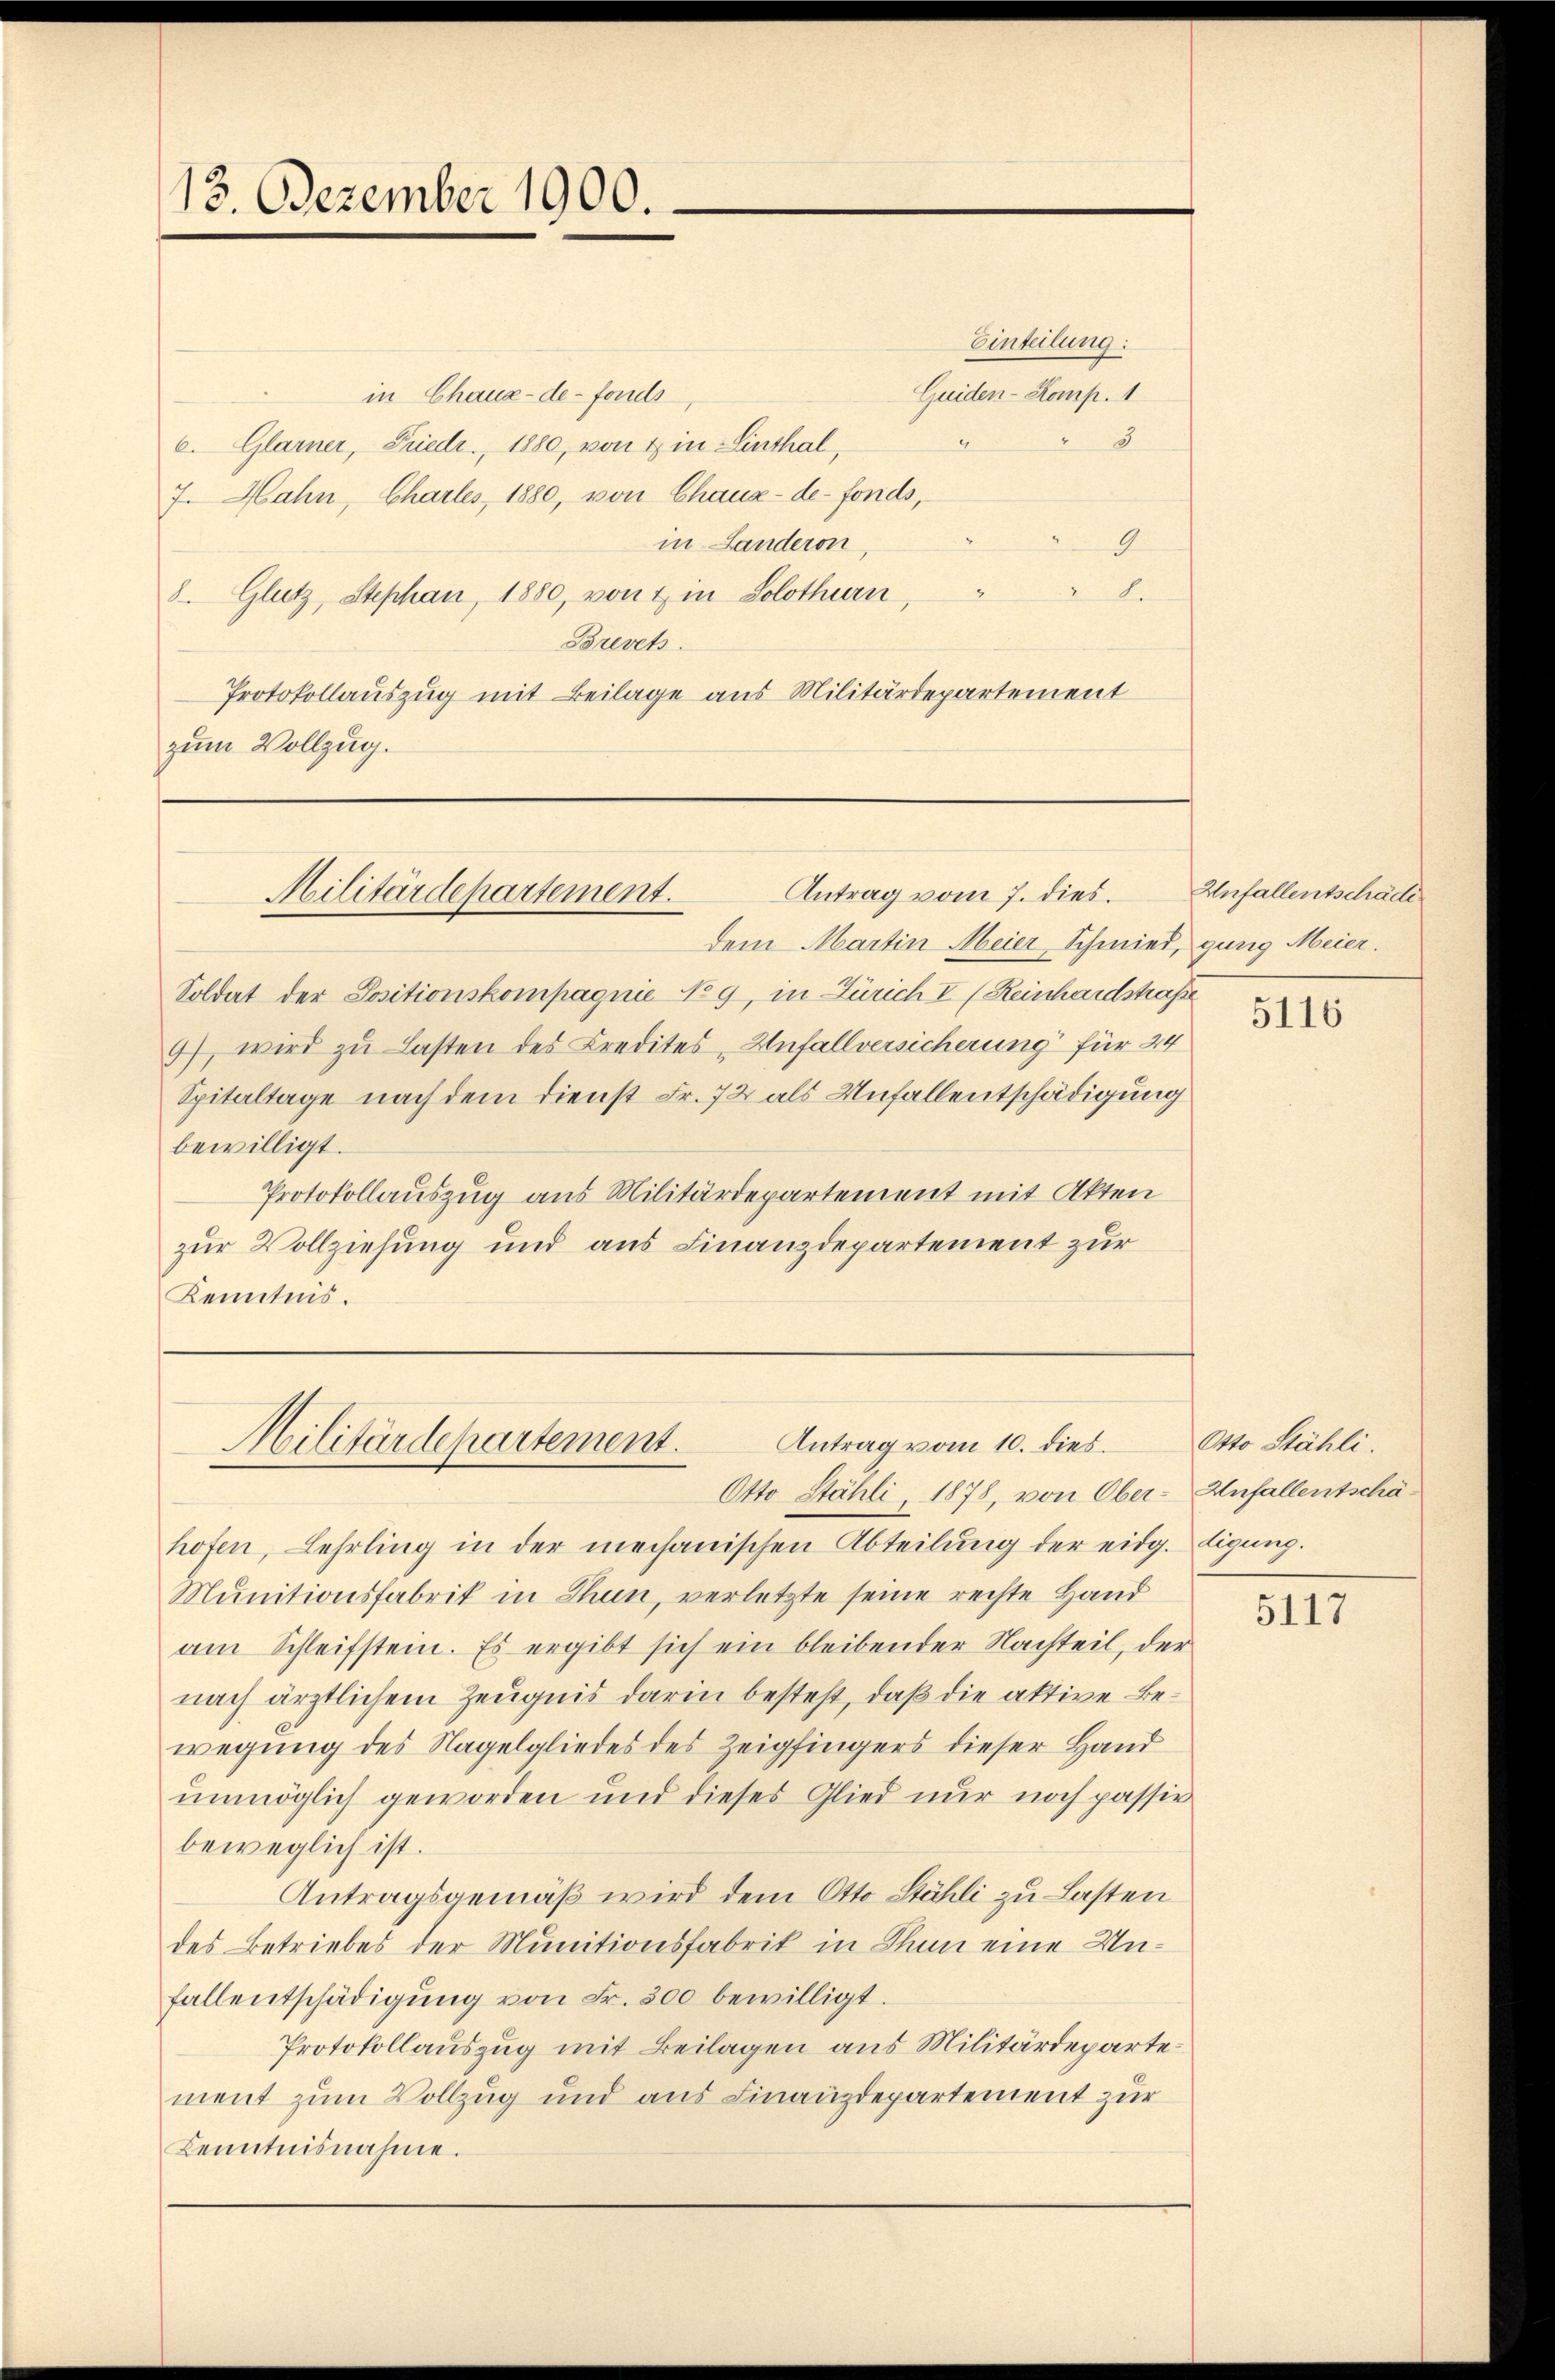
13. Dezember 1900.

Einteilung:
Guiden- Komp. 1
in Chaux-de-Fonds
4
8
6. Glarner, Friedr., 1880, von & in Linthal,
7. Hahn, Chartes, 1880, von Chaux-de-Fonds,
9
in Landeron,
Di
8. Glutz, Stephan, 1880, von & in Solothurn,
Brevets.
Protokollauszug mit Beilage aus Militärdepartement
zum Vollzug.

Antrag vom 7. dies
Militärdepartement.

Dem Martin Meier Schmied, gang Meier.
Soldat der Positionskompagnie No 9, in Zürich I (Reinhardstraße
9), wird zu Lasten des Credites Unfallversicherung für 24
Spitaltage nach dem Dienst Fr. 72 als Unfallentschädigung
bewilligt.
Protokollauszug aus Militärdepartement mit Akten
zur Vollziehung und aus Finanzdepartement zur
Kenntnis.

Antrag vom 10. dies.
Militärdepartement.

hofen, Lehrling in der mechanischen Abteilung der eidg. digung.
Munitionsfabrik in Thun, verletzte seine rechte Hand
am Schleifstein. Es ergibt sich ein bleibender Nachteil, der
nach ärztlichem Zeugnis darin besteht, daß die aktive Bewegung des Nagelgliedes des Zeigfingers dieser Hand
unmöglich geworden und dieses Glied nur noch passir
beweglich ist.
Antragsgemäß wird dem Otto Stähli zu Lasten
des Betriebes der Munitionsfabrik in Thun eine Unfallentschädigŭng von Fr. 300 bewilligt.
Protokollauszug mit Beilagen aus Militärdepartement zum Vollzug und aus Finanzdepartement zur
Kenntnisnahme.

Otto Stähli, 1878, von Ober¬

Anfallentschäde

5116

Otto Stähli.
Anfallentschä¬

5117